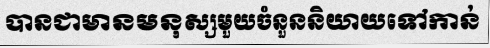
បានជាមានមនុស្សមួយចំនួននិយាយទៅកាន់